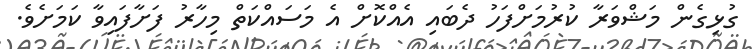
ގުޅިގެން މަޝްވަރާ ކުރުމަށްފަހު ދެބައި އެއްކޮށް އެ މަސައްކަތް މިހާރު ފަށާފައިވާ ކަމަށެވެ.